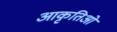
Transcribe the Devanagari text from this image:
आकृतिओं